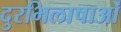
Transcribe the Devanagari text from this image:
दुरभिलाषाओं